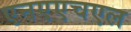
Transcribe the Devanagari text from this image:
एनएएचएल